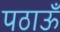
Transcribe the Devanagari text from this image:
पठाऊँ